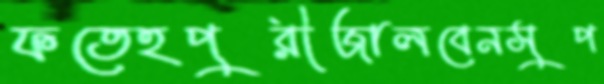
ফতেহপুরীজালবেনসুপ